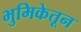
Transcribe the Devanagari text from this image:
भुमिकेतून